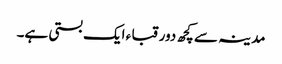
مدینہ سے کچھ دور قبا ء ایک بستی ہے۔